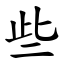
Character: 些